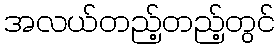
အလယ်တည့်တည့်တွင်